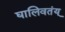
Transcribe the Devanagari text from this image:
घालिवतंय्